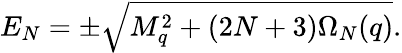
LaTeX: E_{N}=\pm\sqrt{M_{q}^{2}+(2N+3)\Omega_{N}(q)}.